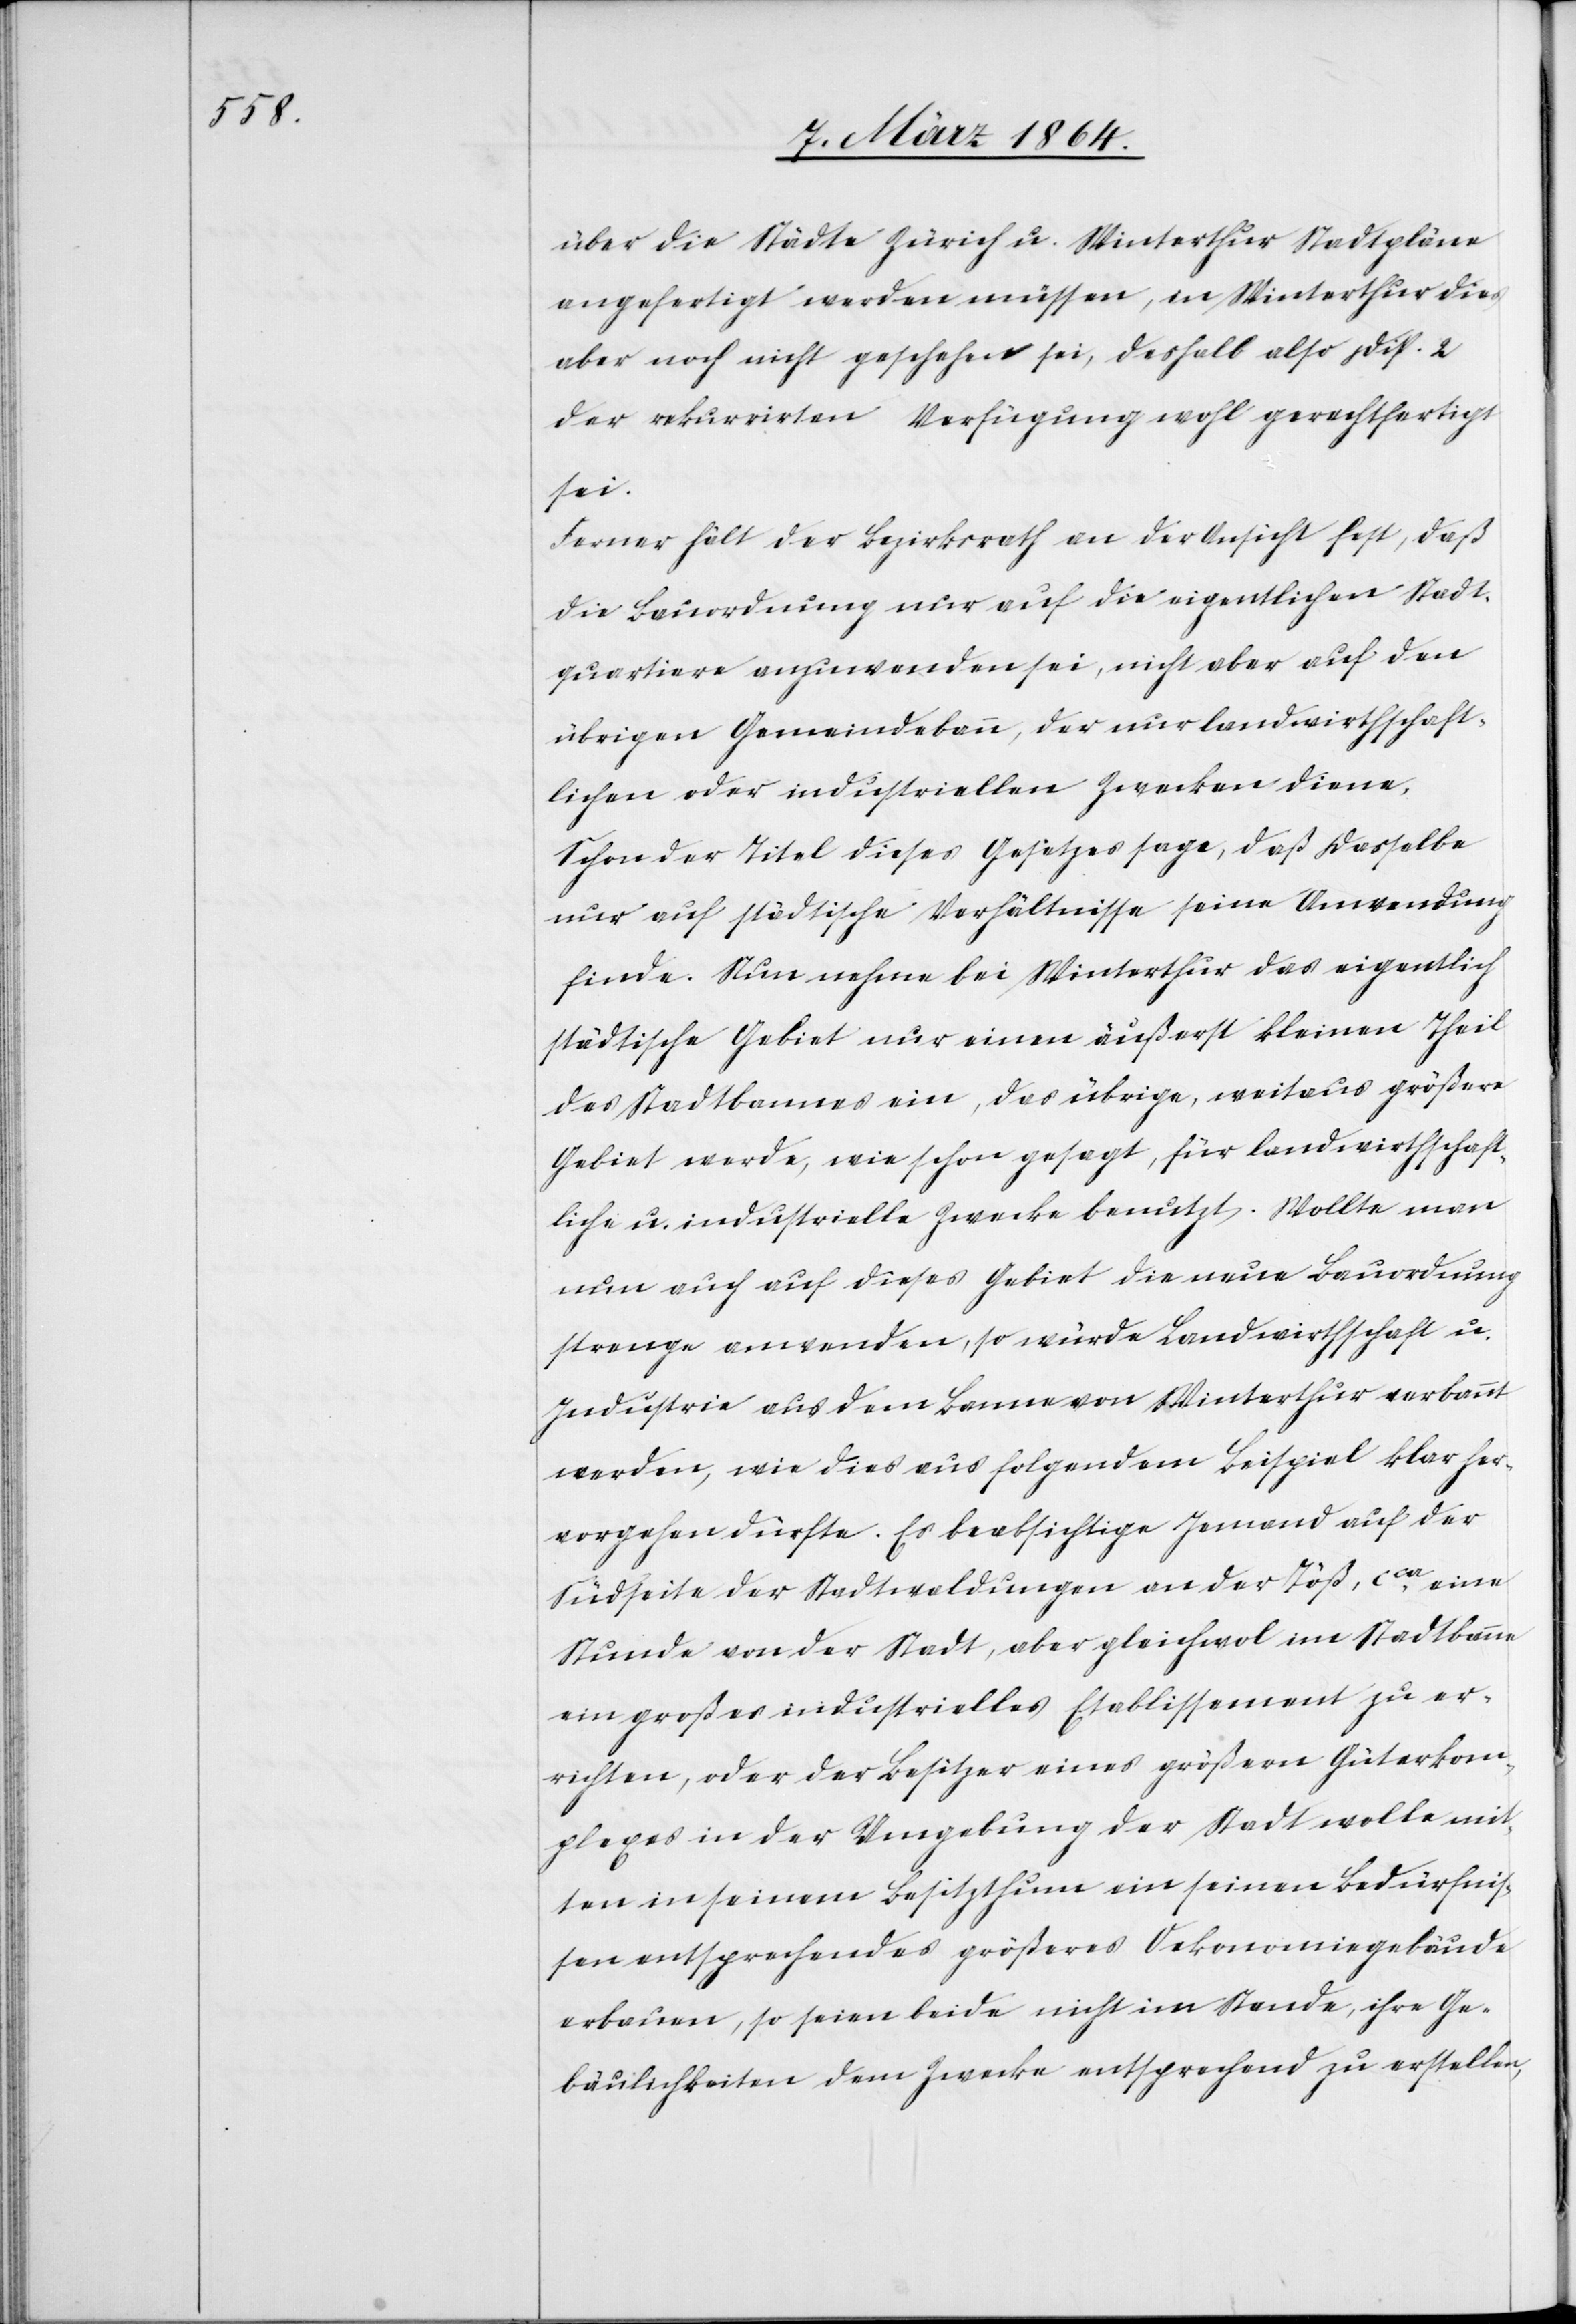
über die Städte Zürich u. Winterthur Stadtpläne
angefertigt werden müssen, in Winterthur dies
aber noch nicht geschehen sei, deshalb also Disp. 2
der rekurrirten Verfügung wohl gerechtfertigt
sei.
Ferner hält der Bezirksrath an der Ansicht fest, daß
die Bauordnung nur auf die eigentlichen Stadt¬
quartiere anzuwenden sei, nicht aber auf den
übrigen Gemeindebann, der nur landwirthschaft¬
lichen oder industriellen Zwecken diene.
Schon der Titel dieses Gesetzes sage, daß dasselbe
nur auf städtische Verhältnisse seine Anwendung
finde. Nun nehme bei Winterthur das eigentlich
städtische Gebiet nur einen äußerst kleinen Theil
des Stadtbannes ein, das übrige, weitaus größere
Gebiet werde, wie schon gesagt, für landwirtschaft¬
liche u. industrielle Zwecke benutzt. Wollte man
nun auch auf dieses Gebiet die neue Bauordnung
strenge anwenden, so würde die Landwirthschaft u.
Industrie aus dem Banne von Winterthur verbannt
werden, wie dies aus folgendem Beispiel klar her¬
vorgehen dürfte. Es beabsichtige Jemand auf der
Südseite der Stadtwaldungen an der Töß, cca eine
Stunde von der Stadt, aber gleichwol im Stadtbanne
ein großes industrielles Etablissement zu er¬
richten, oder der Besitzer eines größern Güterkom¬
plexes in der Umgebung der Stadt wollte mit¬
ten in seinem Besitzthum ein seinen Bedürfnis¬
sen entsprechendes größeres Oekonomiegebäude
erbauen, so seien beide nicht im Stande, ihre Ge¬
bäulichkeiten dem Zwecke entsprechend zu erstellen,